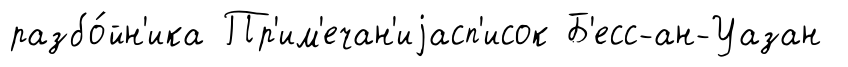
разбо́йн'ика Пр'им'ечан'иjасп'исок Б'есс-ан-Уазан